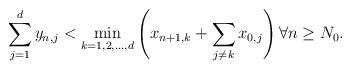
LaTeX: \begin{align*} \sum_{j=1}^d y_{n,j} < \min_{k=1,2,\ldots,d}\left(x_{n+1,k} + \sum_{j\neq k}x_{0,j} \right) \forall n \geq N_0.\end{align*}